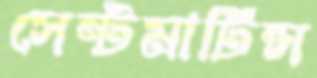
সেন্টমার্টিন্স